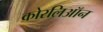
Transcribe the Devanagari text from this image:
कोरलिऑन